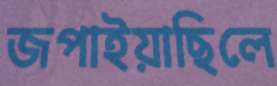
জপাইয়াছিলে